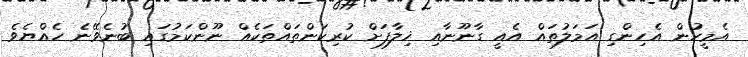
އެމީހުން އެހިންގި އަމަލުތައް އެއީ ގާނޫނާއި ޚިލާފަށް ކުރިކަންތައްތަކެއް ނޫންކަމުގައި ބުނެވޭނެ ހެއްޔެވެ